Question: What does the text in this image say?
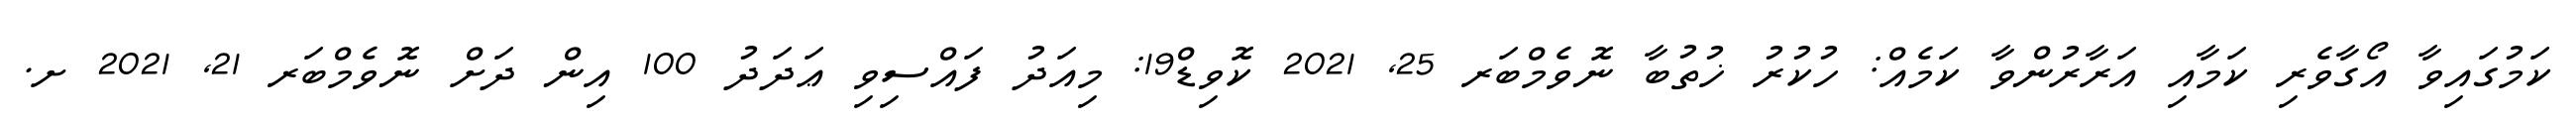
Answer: ކަމުގައިވާ އޯގާވެރި ކަމާއި އަރާރުންވާ ކަމެއް: ހުކުރު ޚުތުބާ ނޮވެމްބަރ 25, 2021 ކޮވިޑް19: މިއަދު ފައްސިވި ޢަދަދު 100 އިން ދަށް ނޮވެމްބަރ 21, 2021 ށ.